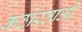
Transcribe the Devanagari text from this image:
कठोरताओं